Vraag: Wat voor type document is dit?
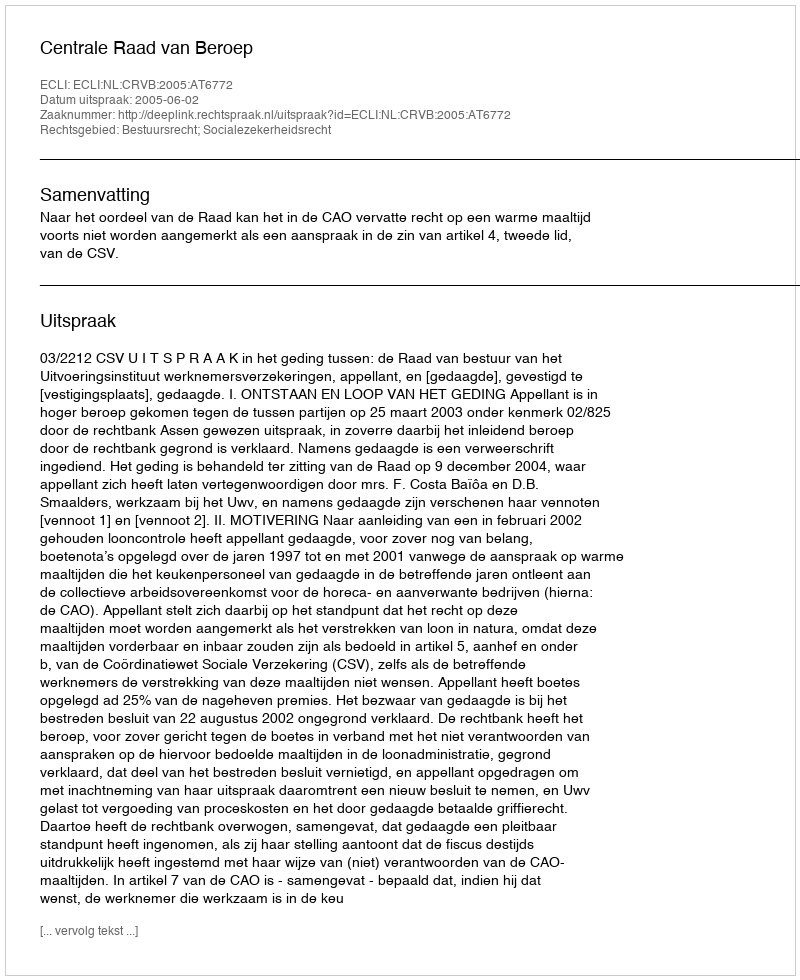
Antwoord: Uitspraak